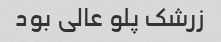
زرشک پلو عالی بود